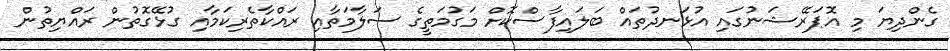
ގެންދިޔަ މި އޮޕަރޭޝަނުގައި އުޅަނދުތައް ބަލައިފާސްކޮށް މަގުމަތީގެ ސަލާމަތާއި ރައްކާތެރިކަމާއި ގުޅޭގޮތުން ރައްޔިތުން